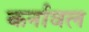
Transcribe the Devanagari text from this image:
कर्नावल